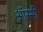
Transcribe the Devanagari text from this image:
ऑस्सी